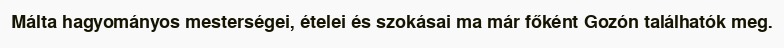
Málta hagyományos mesterségei, ételei és szokásai ma már főként Gozón találhatók meg.